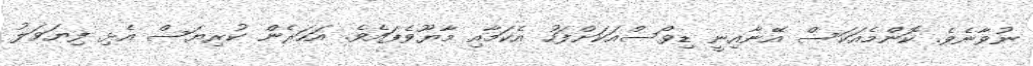
ނުވާނެވެ. ކޮންމެއަކަސް އޭނާއިނީ ޑިވޯސްއަކަށްފަހު އެކަމާއި މާޔޫވެފައެވެ. އަހަރެން ކުރިޔަސް އެޅި ފިޔަވަލު